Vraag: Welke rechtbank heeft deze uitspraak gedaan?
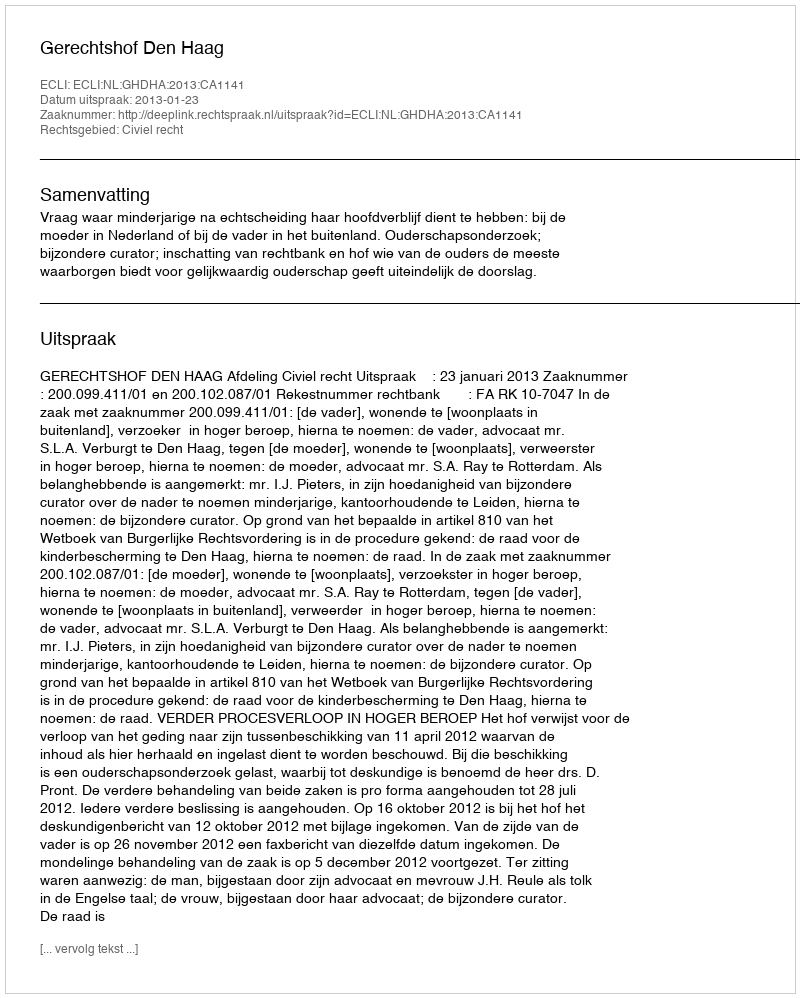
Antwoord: Gerechtshof Den Haag